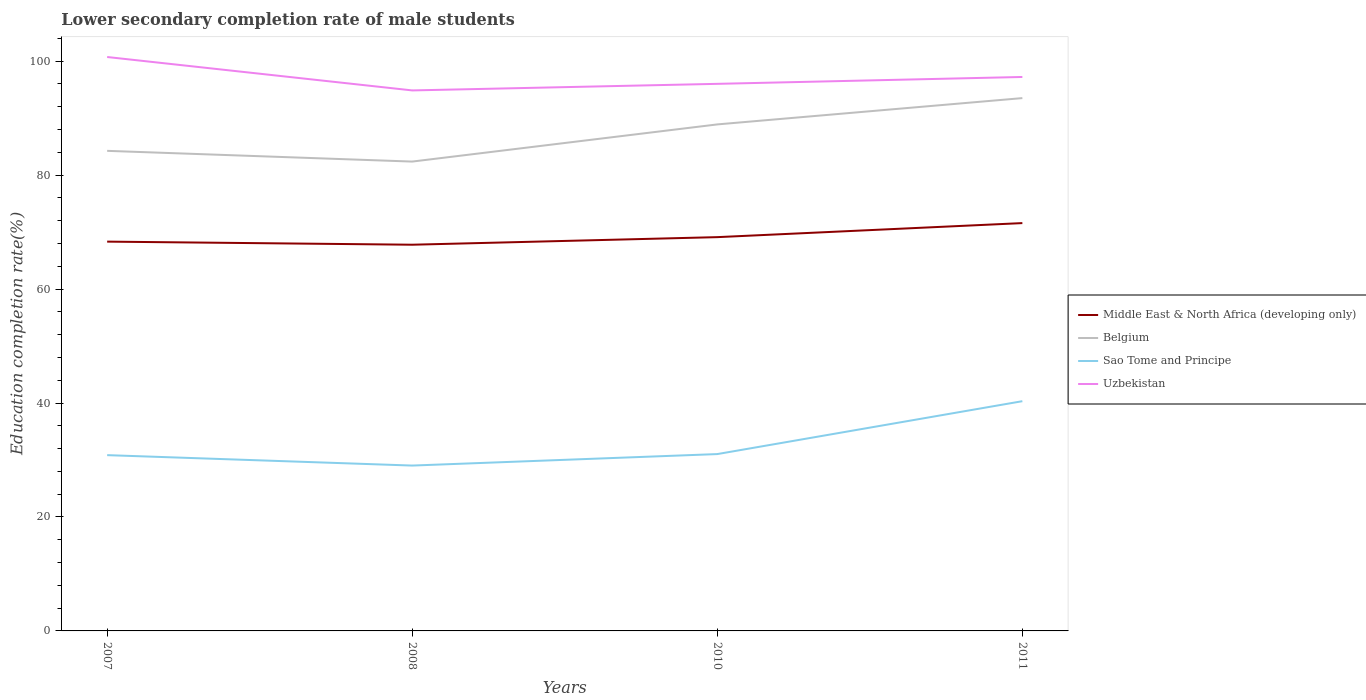
| Years | Middle East & North Africa (developing only) | Belgium | Sao Tome and Principe | Uzbekistan |
 | --- | --- | --- | --- | --- |
 | 2007 | 68.3 | 84.3 | 30.9 | 101 |
 | 2008 | 67.8 | 82.4 | 29 | 94.9 |
 | 2010 | 69.1 | 88.9 | 31 | 96 |
 | 2011 | 71.6 | 93.5 | 40.3 | 97.2 |